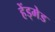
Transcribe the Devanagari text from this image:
हेंड्मेड